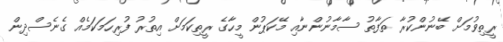
ރީތިވުމަށް ބޭނުންކުރާ ތަފާތު ސާމާނުންނާއި މޭކަޕުން މީހާގެ ރީތިކަމަށް އިތުރު ފުރިހަމަކަމެއް ގެނެސްދިން